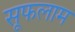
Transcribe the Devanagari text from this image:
सूफलाम